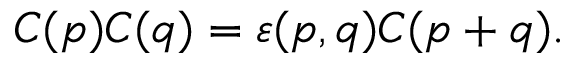
C ( p ) C ( q ) = \varepsilon ( p , q ) C ( p + q ) .